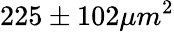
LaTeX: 225\pm 102\mu m^{2}